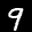
Label: 9